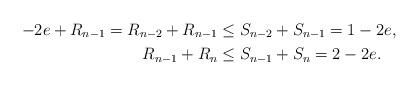
LaTeX: \begin{align*}-2e+R_{n-1}=R_{n-2}+R_{n-1}&\le S_{n-2}+S_{n-1}=1-2e,\\R_{n-1}+R_{n}&\le S_{n-1}+S_{n}=2-2e .\end{align*}